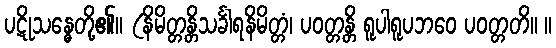
ပဋိုသန္ဓေတို့၏။ (နိမိတ္တန္တိသင်္ခါရနိမိတ္တံ၊ ပဝတ္တန္တိ ရူပါရူပဘဝေ ပဝတ္တတိ။ ။